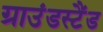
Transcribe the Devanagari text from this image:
ग्राउंडस्टैंड